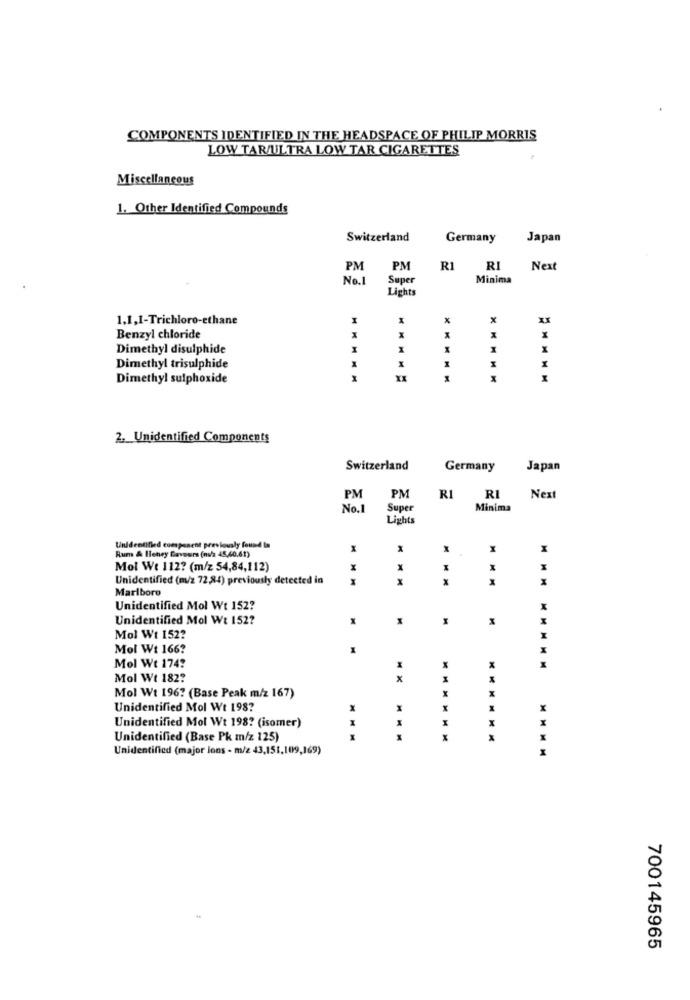
COMPONENTS IDENTIFIED IN THE HEADSPACE OF PHILIP MORRIS
LOW TAR/ULTRA LOW TAR CIGARETTES
Miscellaneous
1. Other Identified Compounds
Switzerland
Germany
Japan
PM
PM
R1
RI
Next
No.1
Super
Minima
Lights
1.1,1-Trichloro-ethane
M
X
Benzyl chloride
Dimethyl disulphide
1
Dimethyl trisulphide
1
Dimethyl sulphoxide
2. Unidentified Components
Switzerland
Germany
Japan
PM
PM
R1
RI
Next
No.1
Super
Minima
Lights
Unidentified component previously found In
M
M
M
Rum & Ileney Gavosrs (nu/2 45,60,61)
Mol We 112? (m/z 54,84,112)
X
Unidentified (m/z 72,84) previously detected in
X
Marlboro
Unidentified Mol Wt 152?
Unidentified Mol Wt 152?
Mol Wt 152?
Mol Wt 166?
Mol Wt 174?
MMMMM
Mol Wt 182?
Mol Wt 196? (Base Peak m/z 167)
x
Unidentified Mol Wt 198?
X
X
X
Unidentified Mol Wt 198? (isomer)
X
Unidentified (Base Pk m/z 125)
X
Unidentified (major lons - m/z 43,151,109,169)
700145965